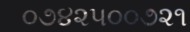
૦૭૪૨૫૦૦૭૨૧